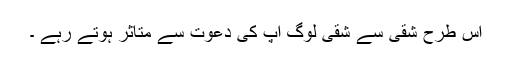
اس طرح شقی سے شقی لوگ آپ کی دعوت سے متاثر ہوتے رہے ۔